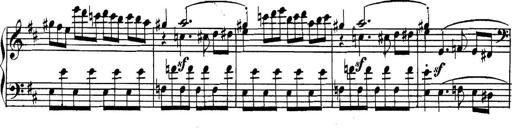
Title: Collected Piano Sonatas
Composer: Muzio Clementi